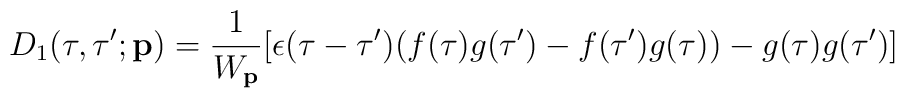
D_1(\tau ,\tau ';{\bf p})=\frac{1}{W_{\bf p}}[\epsilon (\tau -\tau')(f(\tau ) g(\tau ')-f(\tau ')g(\tau ))-g(\tau )g(\tau ')]